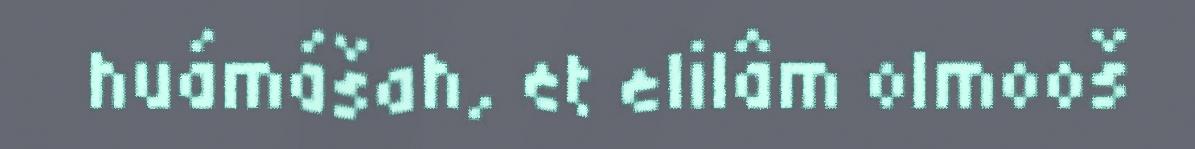
huámášah, et elilâm olmooš